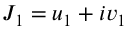
J _ { 1 } = u _ { 1 } + i v _ { 1 }